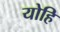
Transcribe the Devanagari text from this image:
योहि